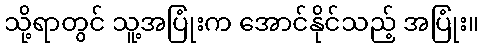
သို့ရာတွင် သူ့အပြုံးက အောင်နိုင်သည့် အပြုံး။